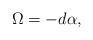
LaTeX: \begin{align*}\Omega = -d \alpha,\end{align*}